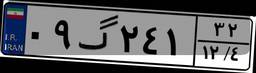
۸۳گ۴۲۹۵۹